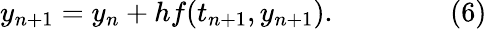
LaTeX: y_{n+1}=y_{n}+hf(t_{n+1},y_{n+1}).\qquad\qquad(6)